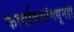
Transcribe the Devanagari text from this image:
कार्यालयांमधूनही